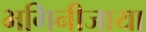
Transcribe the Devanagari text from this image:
भगिनीजाया